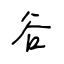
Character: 谷